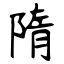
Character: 隋